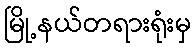
မြို့နယ်တရားရုံးမှ